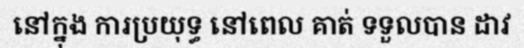
នៅក្នុង ការប្រយុទ្ធ នៅពេល គាត់ ទទួលបាន ដាវ